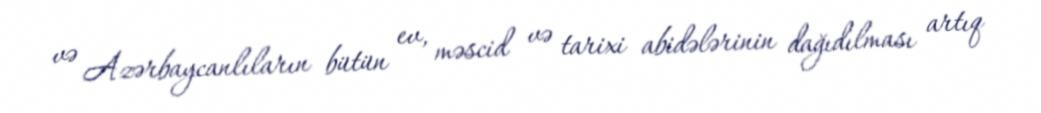
və Azərbaycanlıların bütün ev, məscid və tarixi abidələrinin dağıdılması artıq